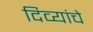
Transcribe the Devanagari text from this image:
दिव्यांचे